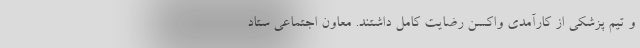
و تیم پزشکی از کارآمدی واکسن رضایت کامل داشتند. معاون اجتماعی ستاد